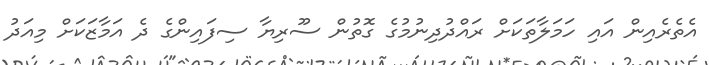
އެތެރެއިން އައި ހަމަލާތަކަށް ރައްދުދިނުމުގެ ގޮތުން ސޫރިޔާ ސިފައިންގެ ދެ އަމާޒަކަށް މިއަދު